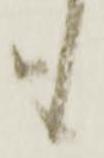
も